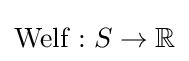
\operatorname {Welf} :S\rightarrow \mathbb {R}